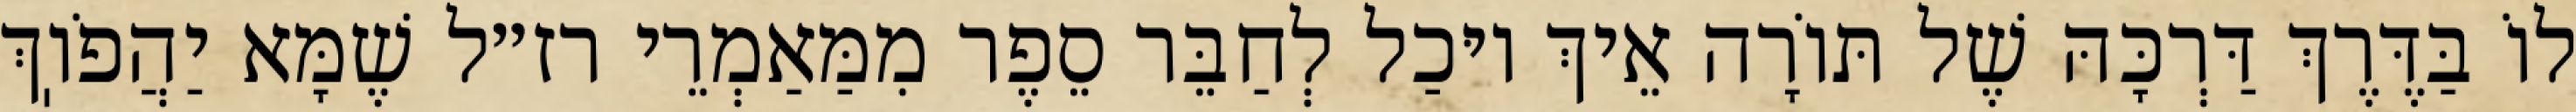
לוֹ בַּדֶּרֶךְ דַּרְכָּהּ שֶׁל תּוֹרָה אֵיךְ יוּכַל לְחַבֵּר סֵפֶר מִמַּאַמְרֵי רז״ל שֶׁמָּא יַהֲפֹוֽךְ